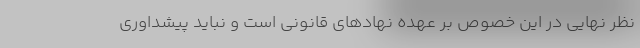
نظر نهایی در این خصوص بر عهده نهادهای قانونی است و نباید پیشداوری